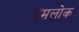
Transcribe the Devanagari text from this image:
प्रेमलोक